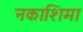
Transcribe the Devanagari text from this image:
नकाशिमा